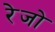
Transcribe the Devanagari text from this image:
रेजो